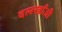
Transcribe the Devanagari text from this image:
दलखाँजी